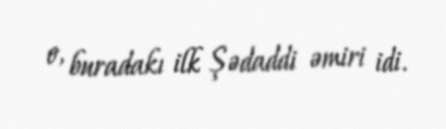
o, buradakı ilk Şədaddi əmiri idi.